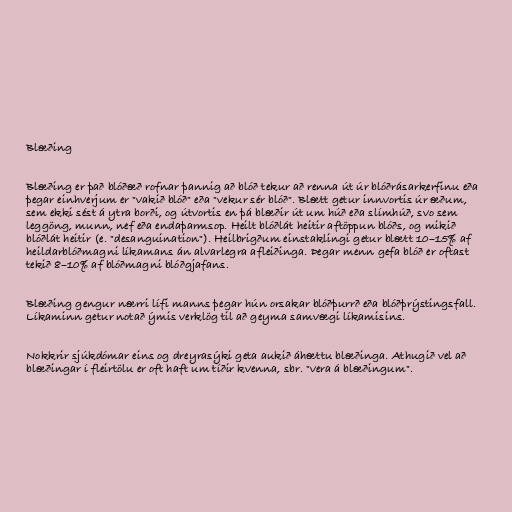
Blæðing

Blæðing er það blóðæð rofnar þannig að blóð tekur að renna út úr blóðrásarkerfinu eða
þegar einhverjum er "vakið blóð" eða "vekur sér blóð". Blætt getur innvortis úr æðum,
sem ekki sést á ytra borði, og útvortis en þá blæðir út um húð eða slímhúð, svo sem
leggöng, munn, nef eða endaþarmsop. Heilt blóðlát heitir aftöppun blóðs, og mikið
blóðlát heitir (e. "desanguination"). Heilbrigðum einstaklingi getur blætt 10–15% af
heildarblóðmagni líkamans án alvarlegra afleiðinga. Þegar menn gefa blóð er oftast
tekið 8–10% af blóðmagni blóðgjafans.

Blæðing gengur nærri lífi manns þegar hún orsakar blóðþurrð eða blóðþrýstingsfall.
Líkaminn getur notað ýmis verklög til að geyma samvægi líkamisins.

Nokkrir sjúkdómar eins og dreyrasýki geta aukið áhættu blæðinga. Athugið vel að
blæðingar í fleirtölu er oft haft um tíðir kvenna, sbr. "vera á blæðingum".